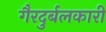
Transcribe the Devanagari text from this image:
गैरदुर्बलकारी